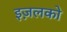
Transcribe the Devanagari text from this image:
इज़लको